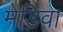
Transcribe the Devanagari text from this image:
मेडिवा